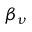
\beta _ { \nu }